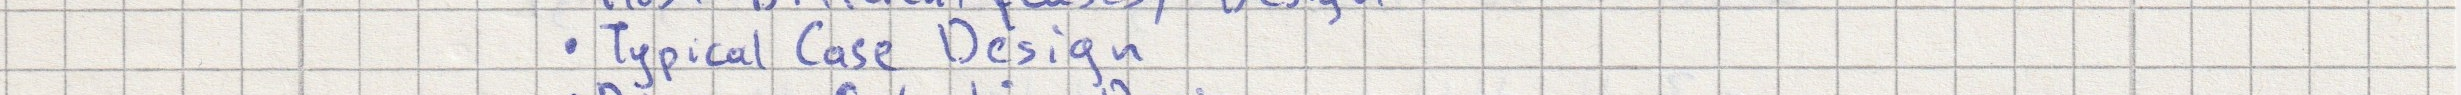
- Typical Case Design